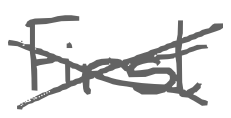
Text: First
Cross-out: mix
Writing tool: digital_gray